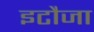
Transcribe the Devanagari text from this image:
इटौजा